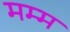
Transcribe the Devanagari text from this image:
मम्म